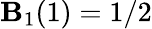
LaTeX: \mathbf{B}_{1}(1)=1/2